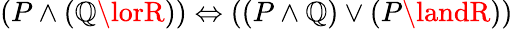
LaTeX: (P\land(\mathbb{Q}\lorR))\Leftrightarrow((P\land\mathbb{Q})\lor(P\landR))